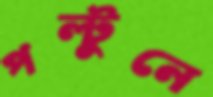
পল্টুনে